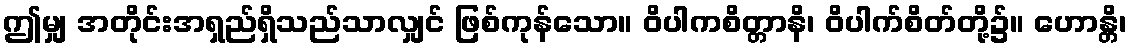
ဤမျှ အတိုင်းအရှည်ရှိသည်သာလျှင် ဖြစ်ကုန်သော။ ဝိပါကစိတ္တာနိ၊ ဝိပါက်စိတ်တို့၌။ ဟောန္တိ၊